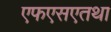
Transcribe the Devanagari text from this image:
एफएसएतथा